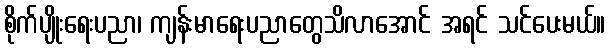
စိုက်ပျိုးရေးပညာ၊ ကျန်းမာရေးပညာတွေသိလာအောင် အရင် သင်ပေးမယ်။